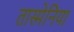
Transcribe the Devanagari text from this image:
तास्मेनिया